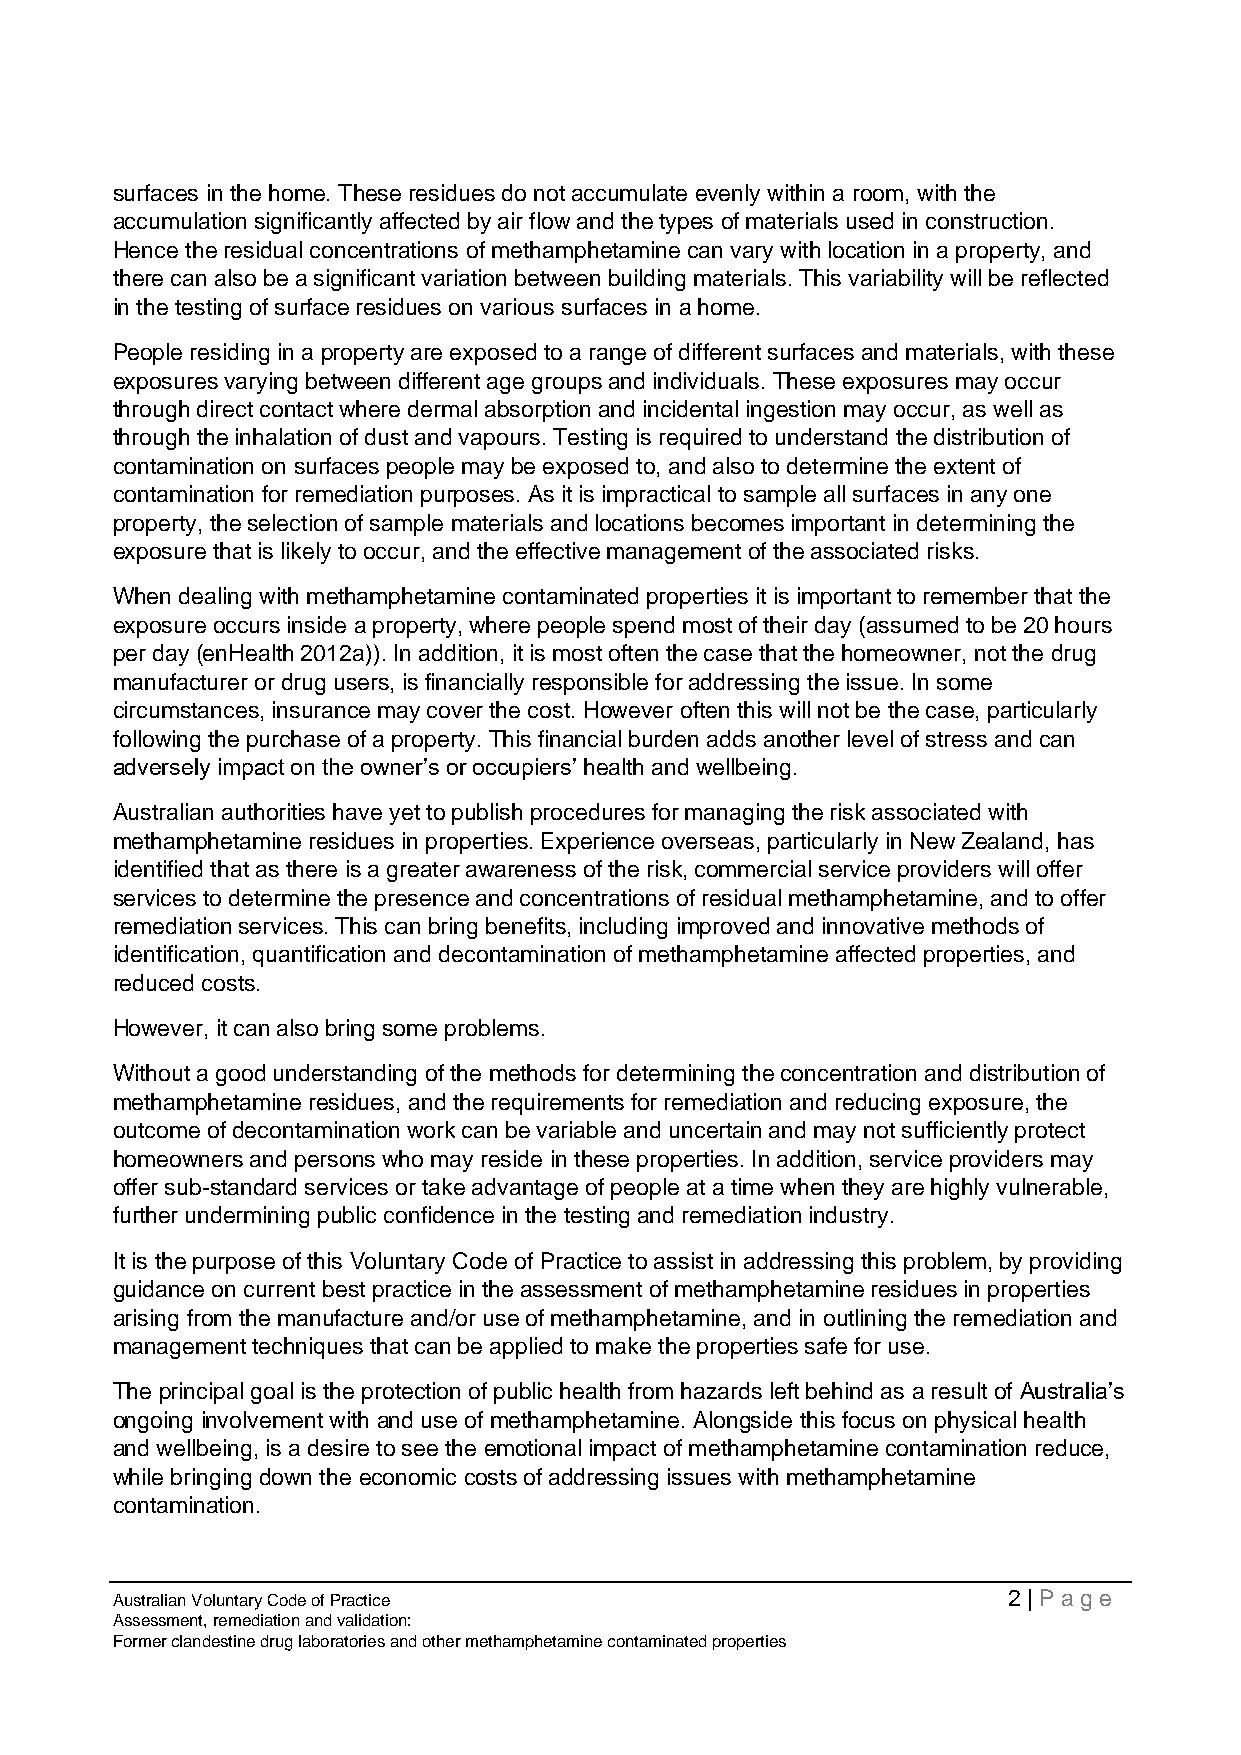
surfaces in the home. These residues do not accumulate evenly within a room, with the
 accumulation significantly affected by air flow and the types of materials used in construction.
 Hence the residual concentrations of methamphetamine can vary with location in a property, and
 there can also be a significant variation between building materials. This variability will be reflected
 in the testing of surface residues on various surfaces in a home.
 People residing in a property are exposed to a range of different surfaces and materials, with these
 exposures varying between different age groups and individuals. These exposures may occur
 through direct contact where dermal absorption and incidental ingestion may occur, as well as
 through the inhalation of dust and vapours. Testing is required to understand the distribution of
 contamination on surfaces people may be exposed to, and also to determine the extent of
 contamination for remediation purposes. As it is impractical to sample all surfaces in any one
 property, the selection of sample materials and locations becomes important in determining the
 exposure that is likely to occur, and the effective management of the associated risks.
 When dealing with methamphetamine contaminated properties it is important to remember that the
 exposure occurs inside a property, where people spend most of their day (assumed to be 20 hours
 per day (enHealth 2012a)). In addition, it is most often the case that the homeowner, not the drug
 manufacturer or drug users, is financially responsible for addressing the issue. In some
 circumstances, insurance may cover the cost. However often this will not be the case, particularly
 following the purchase of a property. This financial burden adds another level of stress and can
 adversely impact on the owner’s or occupiers’ health and wellbeing.
 Australian authorities have yet to publish procedures for managing the risk associated with
 methamphetamine residues in properties. Experience overseas, particularly in New Zealand, has
 identified that as there is a greater awareness of the risk, commercial service providers will offer
 services to determine the presence and concentrations of residual methamphetamine, and to offer
 remediation services. This can bring benefits, including improved and innovative methods of
 identification, quantification and decontamination of methamphetamine affected properties, and
 reduced costs.
 However, it can also bring some problems.
 Without a good understanding of the methods for determining the concentration and distribution of
 methamphetamine residues, and the requirements for remediation and reducing exposure, the
 outcome of decontamination work can be variable and uncertain and may not sufficiently protect
 homeowners and persons who may reside in these properties. In addition, service providers may
 offer sub-standard services or take advantage of people at a time when they are highly vulnerable,
 further undermining public confidence in the testing and remediation industry.
 It is the purpose of this Voluntary Code of Practice to assist in addressing this problem, by providing
 guidance on current best practice in the assessment of methamphetamine residues in properties
 arising from the manufacture and/or use of methamphetamine, and in outlining the remediation and
 management techniques that can be applied to make the properties safe for use.
 The principal goal is the protection of public health from hazards left behind as a result of Australia’s
 ongoing involvement with and use of methamphetamine. Alongside this focus on physical health
 and wellbeing, is a desire to see the emotional impact of methamphetamine contamination reduce,
 while bringing down the economic costs of addressing issues with methamphetamine
 contamination.
 Australian Voluntary Code of Practice                       2 | Page
 Assessment, remediation and validation:
 Former clandestine drug laboratories and other methamphetamine contaminated properties